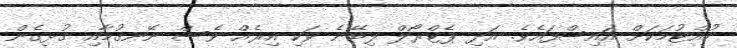
ހުއްޓުމަކަށް އައިސްފައެވެ. އަދި ޕެޓްރޯލް ލިބޭނެ ވަކި އިރެއް ވެސް ނޭނގުމާއި ގުޅިގެން